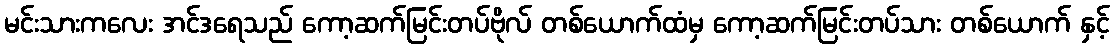
မင်းသားကလေး အင်ဒရေသည် ကော့ဆက်မြင်းတပ်ဗိုလ် တစ်ယောက်ထံမှ ကော့ဆက်မြင်းတပ်သား တစ်ယောက် နှင့်